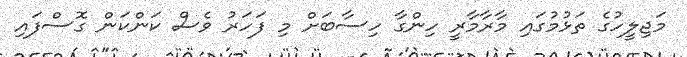
މަޖިލީހުގެ ތަޅުމުގައި މާރާމާރީ ހިންގާ ހިސާބަށް މި ފަހަރު ވެސް ކަންކަން ގޮސްފައި